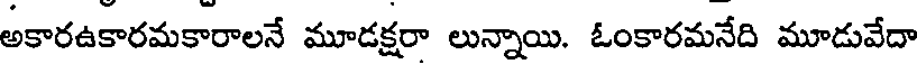
అకారఉకారమకారాలనే మూడక్షరా లున్నాయి. ఓంకారమనేది మూడువేదా